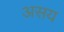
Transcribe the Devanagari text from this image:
असय